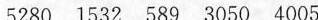
5280 1532 589 3050 4005